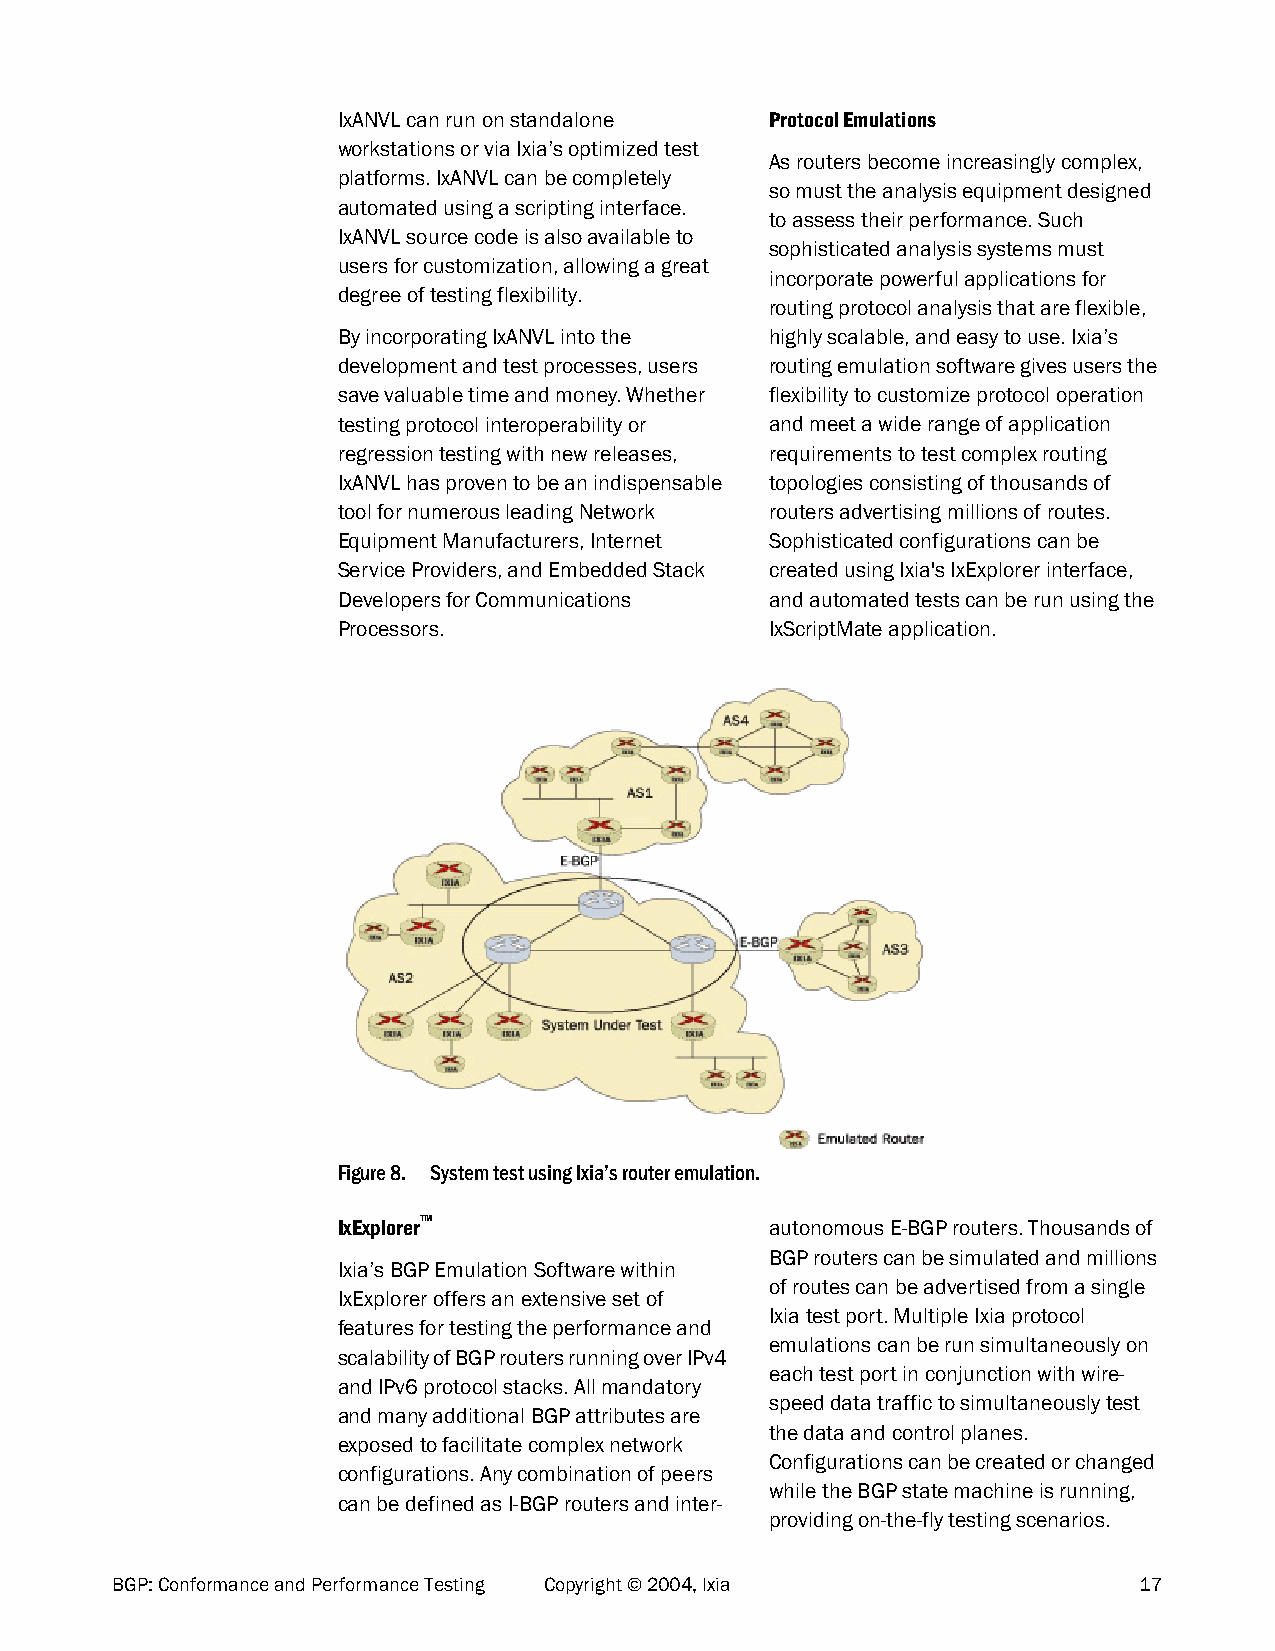
IxANVL can run on standalone Protocol Emulations
 workstations or via Ixia’s optimized test
 As routers become increasingly complex,
 platforms. IxANVL can be completely
 so must the analysis equipment designed
 automated using a scripting interface.
 to assess their performance. Such
 IxANVL source code is also available to
 sophisticated analysis systems must
 users for customization, allowing a great
 incorporate powerful applications for
 degree of testing flexibility.
 routing protocol analysis that are flexible,
 By incorporating IxANVL into the highly scalable, and easy to use. Ixia’s
 development and test processes, users routing emulation software gives users the
 save valuable time and money. Whether flexibility to customize protocol operation
 testing protocol interoperability or and meet a wide range of application
 regression testing with new releases, requirements to test complex routing
 IxANVL has proven to be an indispensable topologies consisting of thousands of
 tool for numerous leading Network routers advertising millions of routes.
 Equipment Manufacturers, Internet Sophisticated configurations can be
 Service Providers, and Embedded Stack created using Ixia's IxExplorer interface,
 Developers for Communications and automated tests can be run using the
 Processors.                  IxScriptMate application.
 Figure 8. System test using Ixia’s router emulation.
 IxExplorer™                  autonomous E-BGP routers. Thousands of
 BGP routers can be simulated and millions
 Ixia’s BGP Emulation Software within
 of routes can be advertised from a single
 IxExplorer offers an extensive set of
 Ixia test port. Multiple Ixia protocol
 features for testing the performance and
 emulations can be run simultaneously on
 scalability of BGP routers running over IPv4
 each test port in conjunction with wire-
 and IPv6 protocol stacks. All mandatory
 speed data traffic to simultaneously test
 and many additional BGP attributes are
 the data and control planes.
 exposed to facilitate complex network
 Configurations can be created or changed
 configurations. Any combination of peers
 while the BGP state machine is running,
 can be defined as I-BGP routers and inter-
 providing on-the-fly testing scenarios.
 BGP: Conformance and Performance Testing Copyright © 2004, Ixia     17